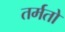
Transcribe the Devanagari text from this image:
तर्मतो